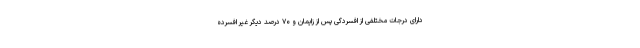
دارای درجات مختلفی از افسردگی پس از زایمان و ۷۰ درصد دیگر غیر افسرده